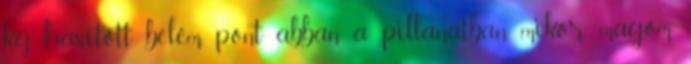
kéj hasított belém, pont abban a pillanatban, mikor magom